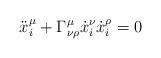
LaTeX: \begin{align*}\ddot{x}_i^\mu + \Gamma^\mu_{\nu \rho}\dot{x}_i^\nu \dot{x}_i^\rho = 0\end{align*}